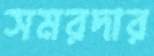
সমরদার